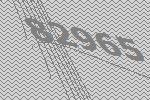
82965